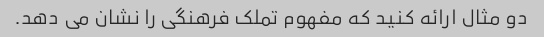
دو مثال ارائه کنید که مفهوم تملک فرهنگی را نشان می دهد.